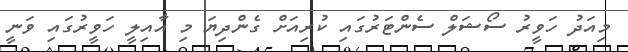
މިއަދު ހަވީރު ސޯޝަލް ސެންޓަރުގައި ކުރިއަށް ގެންދިޔަ މި އާއިލީ ހަވީރުގައި ވަނީ